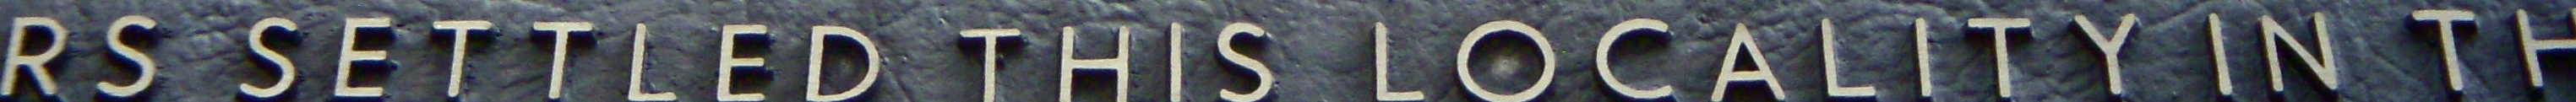
RS SETTLED THIS LOCALITY IN TH